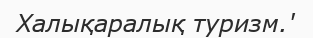
Халықаралық туризм.'